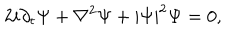
2 i \partial _ { t } \Psi + \nabla ^ { 2 } \Psi + | \Psi | ^ { 2 } \Psi = 0 ,